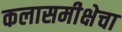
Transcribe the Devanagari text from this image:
कलासमीक्षेचा